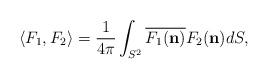
LaTeX: \begin{align*}\left\langle F_{1},F_{2}\right\rangle =\frac{1}{4\pi}\int_{S^{2}}\overline{F_{1}(\mathbf{n})}F_{2}(\mathbf{n)}dS, \end{align*}